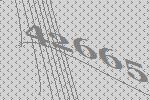
42665